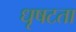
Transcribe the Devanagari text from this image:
धृषटता